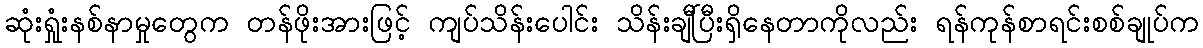
ဆုံးရှုံးနစ်နာမှုတွေက တန်ဖိုးအားဖြင့် ကျပ်သိန်းပေါင်း သိန်းချီပြီးရှိနေတာကိုလည်း ရန်ကုန်စာရင်းစစ်ချုပ်က